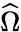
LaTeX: \widehat\Omega